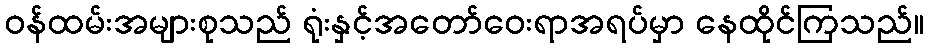
ဝန်ထမ်းအများစုသည် ရုံးနှင့်အတော်ဝေးရာအရပ်မှာ နေထိုင်ကြသည်။